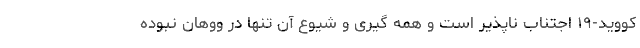
کووید-۱۹ اجتناب ناپذیر است و همه گیری و شیوع آن تنها در ووهان نبوده